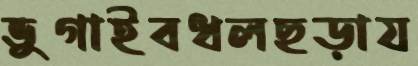
ভুগাইবধলছড়ায